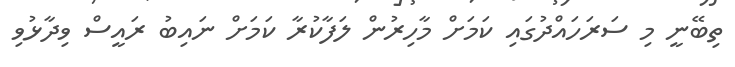
ތިބޭނީ މި ސަރަހައްދުގައި ކަމަށް މާހިރުން ލަފާކުރާ ކަމަށް ނައިބު ރައީސް ވިދާޅުވި